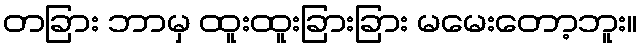
တခြား ဘာမှ ထူးထူးခြားခြား မမေးတော့ဘူး။